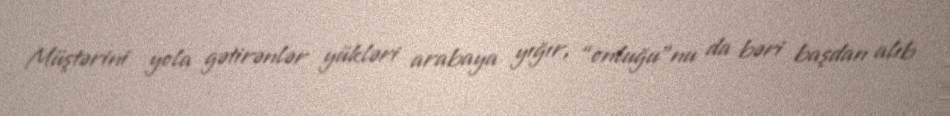
Müştərini yola gətirənlər yükləri arabaya yığır, “onluğu”nu da bəri başdan alıb